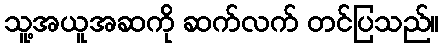
သူ့အယူအဆကို ဆက်လက် တင်ပြသည်။